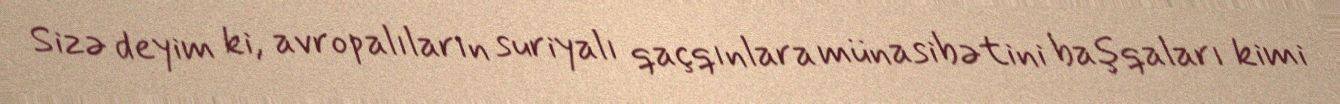
Sizə deyim ki, avropalıların suriyalı qaçqınlara münasibətini başqaları kimi